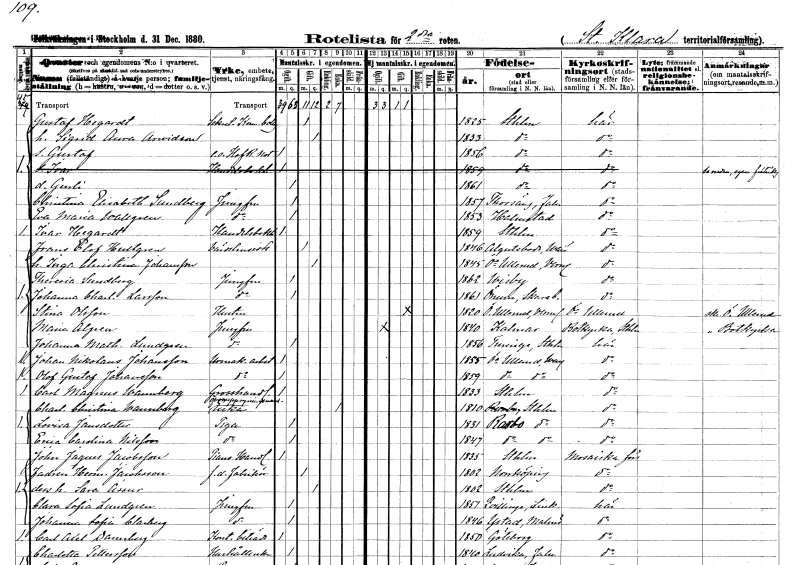
gt_parse: households: individuals: FN: Gustaf
EN: Hegardt
YRKE: Sekreterare Kom. bolag
KON: M
CIV: G
FODAR: 1825
FODFORS: Stockholm
FN: Sigrid Aurora
EN: Arvidson
KON: K
CIV: G
FODAR: 1833
FODFORS: Stockholm
FN: Gustaf
YRKE: Hovrättsnotarie e.o.
KON: M
CIV: O
FODAR: 1856
FODFORS: Stockholm
FN: Gurli
KON: K
CIV: O
FODAR: 1861
FODFORS: Stockholm
FN: Christina Elisabeth
EN: Sundberg
YRKE: Jungfru
KON: K
CIV: O
FODAR: 1857
FODFORS: Torsång Kopparbergs län
FN: Eva Maria
EN: Wallgren
YRKE: Jungfru
KON: K
CIV: O
FODAR: 1853
FODFORS: Halmstad Hallands län
FN: Ivar
EN: Hegardt
YRKE: Handelsbokhållare
KON: M
CIV: O
FODAR: 1859
FODFORS: Stockholm
FN: Frans Elof
EN: Hultgren
YRKE: Värdshusidkare
KON: M
CIV: G
FODAR: 1846
FODFORS: Algutsboda Kalmar län
FN: Inga Christina
EN: Johansson
KON: K
CIV: G
FODAR: 1845
FODFORS: Övre Ullerud Värmlands län
FN: Theresia
EN: Sundberg
YRKE: Jungfru
KON: K
CIV: O
FODAR: 1862
FODFORS: Visby Gotlands län
FN: Johanna Charlotta
EN: Larsson
YRKE: Jungfru
KON: K
CIV: O
FODAR: 1861
FODFORS: Önum Skaraborgs län
FN: Stina
EN: Olsson
YRKE: Hustru
KON: K
CIV: G
FODAR: 1820
FODFORS: Övre Ullerud Värmlands län
FN: Maria
EN: Algren
YRKE: Jungfru
KON: K
CIV: O
FODAR: 1840
FODFORS: Kalmar Kalmar län
FN: Johanna Mathilda
EN: Lundgren
YRKE: Jungfru
KON: K
CIV: O
FODAR: 1856
FODFORS: Turinge Stockholms län
FN: Johan Nikolaus
EN: Johansson
YRKE: Urmakeriarbetare
KON: M
CIV: O
FODAR: 1855
FODFORS: Övre Ullerud Värmlands län
FN: Olof Gustaf
EN: Johansson
YRKE: Urmakeriarbetare
KON: M
CIV: O
FODAR: 1859
FODFORS: Övre Ullerud Värmlands län
FN: Carl Magnus
EN: Wannberg
YRKE: Grosshandlare
KON: M
CIV: O
FODAR: 1833
FODFORS: Stockholm
FN: Charlotta Christina
EN: Wannberg
YRKE: Överuppsyningsmansänka
KON: K
CIV: E
FODAR: 1810
FODFORS: Stockholm
FN: Lovisa
EN: Jansdotter
YRKE: Piga
KON: K
CIV: O
FODAR: 1831
FODFORS: Rasbo Uppsala län
FN: Erica Carolina
EN: Nilsson
YRKE: Piga
KON: K
CIV: O
FODAR: 1847
FODFORS: Rasbo Uppsala län
FN: John Jaques
EN: Jacobsson
YRKE: Pianohandlare
KON: M
CIV: O
FODAR: 1835
FODFORS: Stockholm
FN: Herman
EN: Jacobsson
YRKE: Fabrikör f.d.
KON: M
CIV: G
FODAR: 1802
FODFORS: Norrköping Östergötlands län
FN: Sara
EN: Assur
KON: K
CIV: G
FODAR: 1802
FODFORS: Stockholm
FN: Clara Sofia
EN: Lundgren
YRKE: Jungfru
KON: K
CIV: O
FODAR: 1851
FODFORS: Kvillinge Östergötlands län
FN: Johanna Sofia
EN: Clarberg
YRKE: Jungfru
KON: K
CIV: O
FODAR: 1846
FODFORS: Ystad Malmöhus län